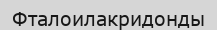
Фталоилакридонды